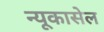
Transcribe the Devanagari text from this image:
न्यूकासेल